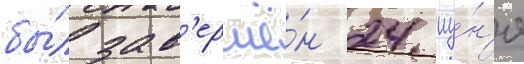
бы́л зав'ершё́н 24 иу́н'я